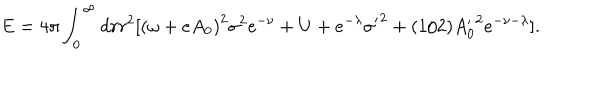
LaTeX: \textrm { E } = 4 \pi \int _ { 0 } ^ { \infty } d r r ^ { 2 } [ { ( \omega + e A _ { 0 } ) } ^ { 2 } { \sigma } ^ { 2 } e ^ { - \nu } + U + e ^ { - \lambda } { \sigma ^ { \prime } } ^ { 2 } + ( 1 / 2 ) { A _ { 0 } ^ { \prime } } ^ { 2 } e ^ { - \nu - \lambda } ] .